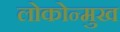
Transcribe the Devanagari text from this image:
लोकोन्मुख